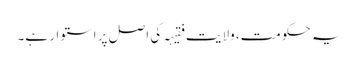
یہ حکومت، ولایت فقیہہ کی اصل پر استوار ہے۔